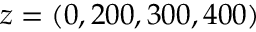
z = ( 0 , 2 0 0 , 3 0 0 , 4 0 0 )